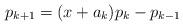
LaTeX: \begin{align*}p_{k+1}=(x+a_k)p_k-p_{k-1}\end{align*}